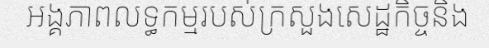
អង្គភាពលទ្ធកម្មរបស់ក្រសួងសេដ្ឋកិច្ចនិង